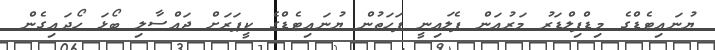
ޔުނައިޓެޑްގެ މިޑްފިލްޑަރު މަރުއަން ފެލައިނީ ފަހަތުން ޔުނައިޓެޑްގެ ކީޕަރަށް ޖައްސާލި ބޯޅަ ހޯދައިގެން